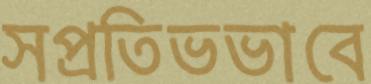
সপ্রতিভভাবে